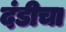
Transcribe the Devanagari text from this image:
दंडीचा